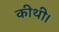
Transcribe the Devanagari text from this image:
कीथी।